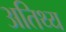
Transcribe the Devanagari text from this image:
अतिथ्य